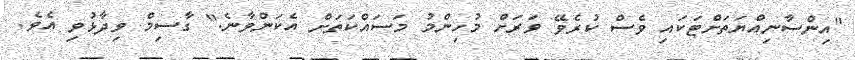
"އިންސާނިއްޔަތަށްޓަކައި ވެސް ކުރެވޭ ވަރަށް މުހިންމު މަސައްކަތަށް އެކަންވާނެ." ގާސިމް ވިދާޅުވި އެވެ.